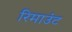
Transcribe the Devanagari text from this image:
रिमाउंट